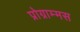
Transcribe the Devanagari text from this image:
प्रोग्राम्मस